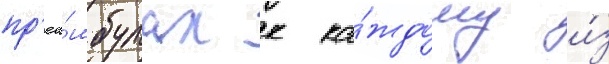
пр'еа́мбулах к ка́ждому и́з